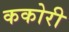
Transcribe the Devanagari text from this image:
ककोरी